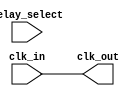
module delay_clock_buffer (
    input wire clk_in,          // Input clock signal
    input wire [2:0] delay_select, // Control signal for delay selection
    output reg clk_out          // Output delayed clock signal
);

    // Internal signals for delayed clock stages
    wire clk_delay_0;
    wire clk_delay_1;
    wire clk_delay_2;
    wire clk_delay_3;

    // Buffer stages for different delay settings
    // Each buffer stage introduces a fixed delay
    // Adjust the number of buffers and their implementation as needed
    buf (clk_delay_0, clk_in); // No delay
    buf (clk_delay_1, clk_delay_0); // 1 buffer delay
    buf (clk_delay_2, clk_delay_1); // 2 buffer delays
    buf (clk_delay_3, clk_delay_2); // 3 buffer delays

    // Output clock selection based on delay_select
    always @(*) begin
        case (delay_select)
            3'b000: clk_out = clk_delay_0; // No delay
            3'b001: clk_out = clk_delay_1; // 1 buffer delay
            3'b010: clk_out = clk_delay_2; // 2 buffer delays
            3'b011: clk_out = clk_delay_3; // 3 buffer delays
            default: clk_out = clk_delay_0; // Default to no delay
        endcase
    end

endmodule